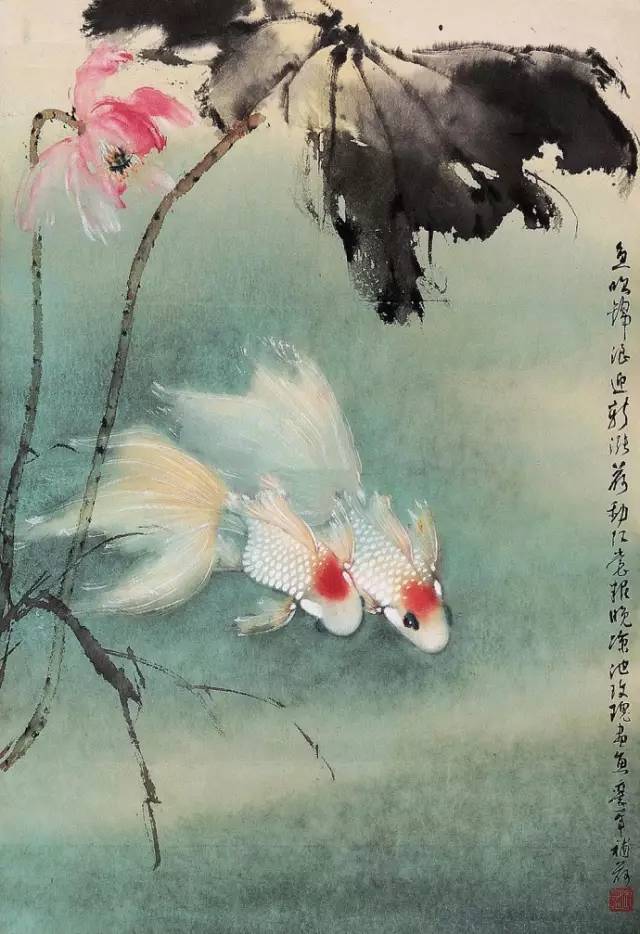
萧萧落木不胜秋，莫回首斜阳下。